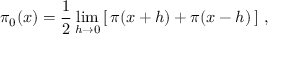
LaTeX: \pi _ { 0 } ( x ) = { \frac { 1 } { 2 } } \operatorname* { l i m } _ { h \to 0 } \left[ \, \pi ( x + h ) + \pi ( x - h ) \, \right] \, ,